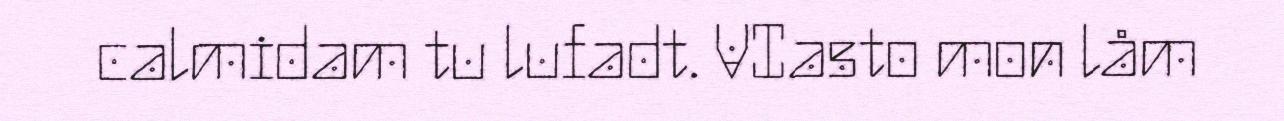
calmidam tu lufadt. VIasto mon låm